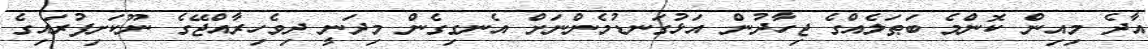
އާދެ މިއިން ކޮންމެ ބަޠަލެއްގެ ޖިހާދުން އަޅުގަނޑުމެންނަށް އެނގިގެން މިދަނީ ދިވެހިރާއްޖޭގެ ނޫކަށިފުރައިގެ